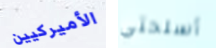
الأميركيين أسلحتي